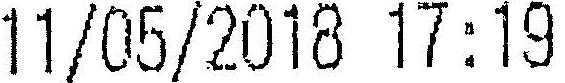
11/05/2018 17:19